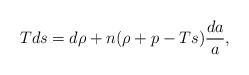
\begin{align*}Tds=d\rho+n(\rho+p-Ts){{da}\over a},\end{align*}